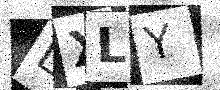
Text: LXLY